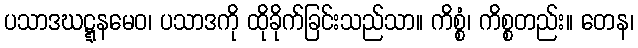
ပသာဒဃဋ္ဋနမေဝ၊ ပသာဒကို ထိုခိုက်ခြင်းသည်သာ။ ကိစ္စံ၊ ကိစ္စတည်း။ တေန၊